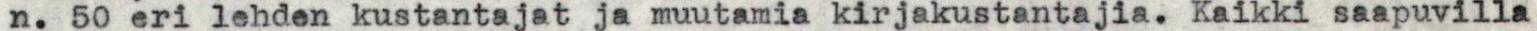
n. 50 eri lehden kustantajat ja muutamia kirjakustantajia. Kaikki saapuvilla